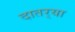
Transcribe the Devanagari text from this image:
दातर्‍या